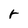
Character: r